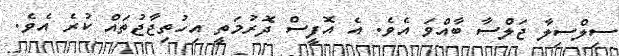
ސިލްސިލާ ޖަލްސާ ބާއްވަ އެވެ. އެ އޮފީސް ދޮރުމަތީ އިހުތިޖާޖުތައް ކުރެ އެވެ.